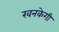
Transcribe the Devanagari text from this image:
खनकेगी